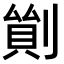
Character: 𠞿